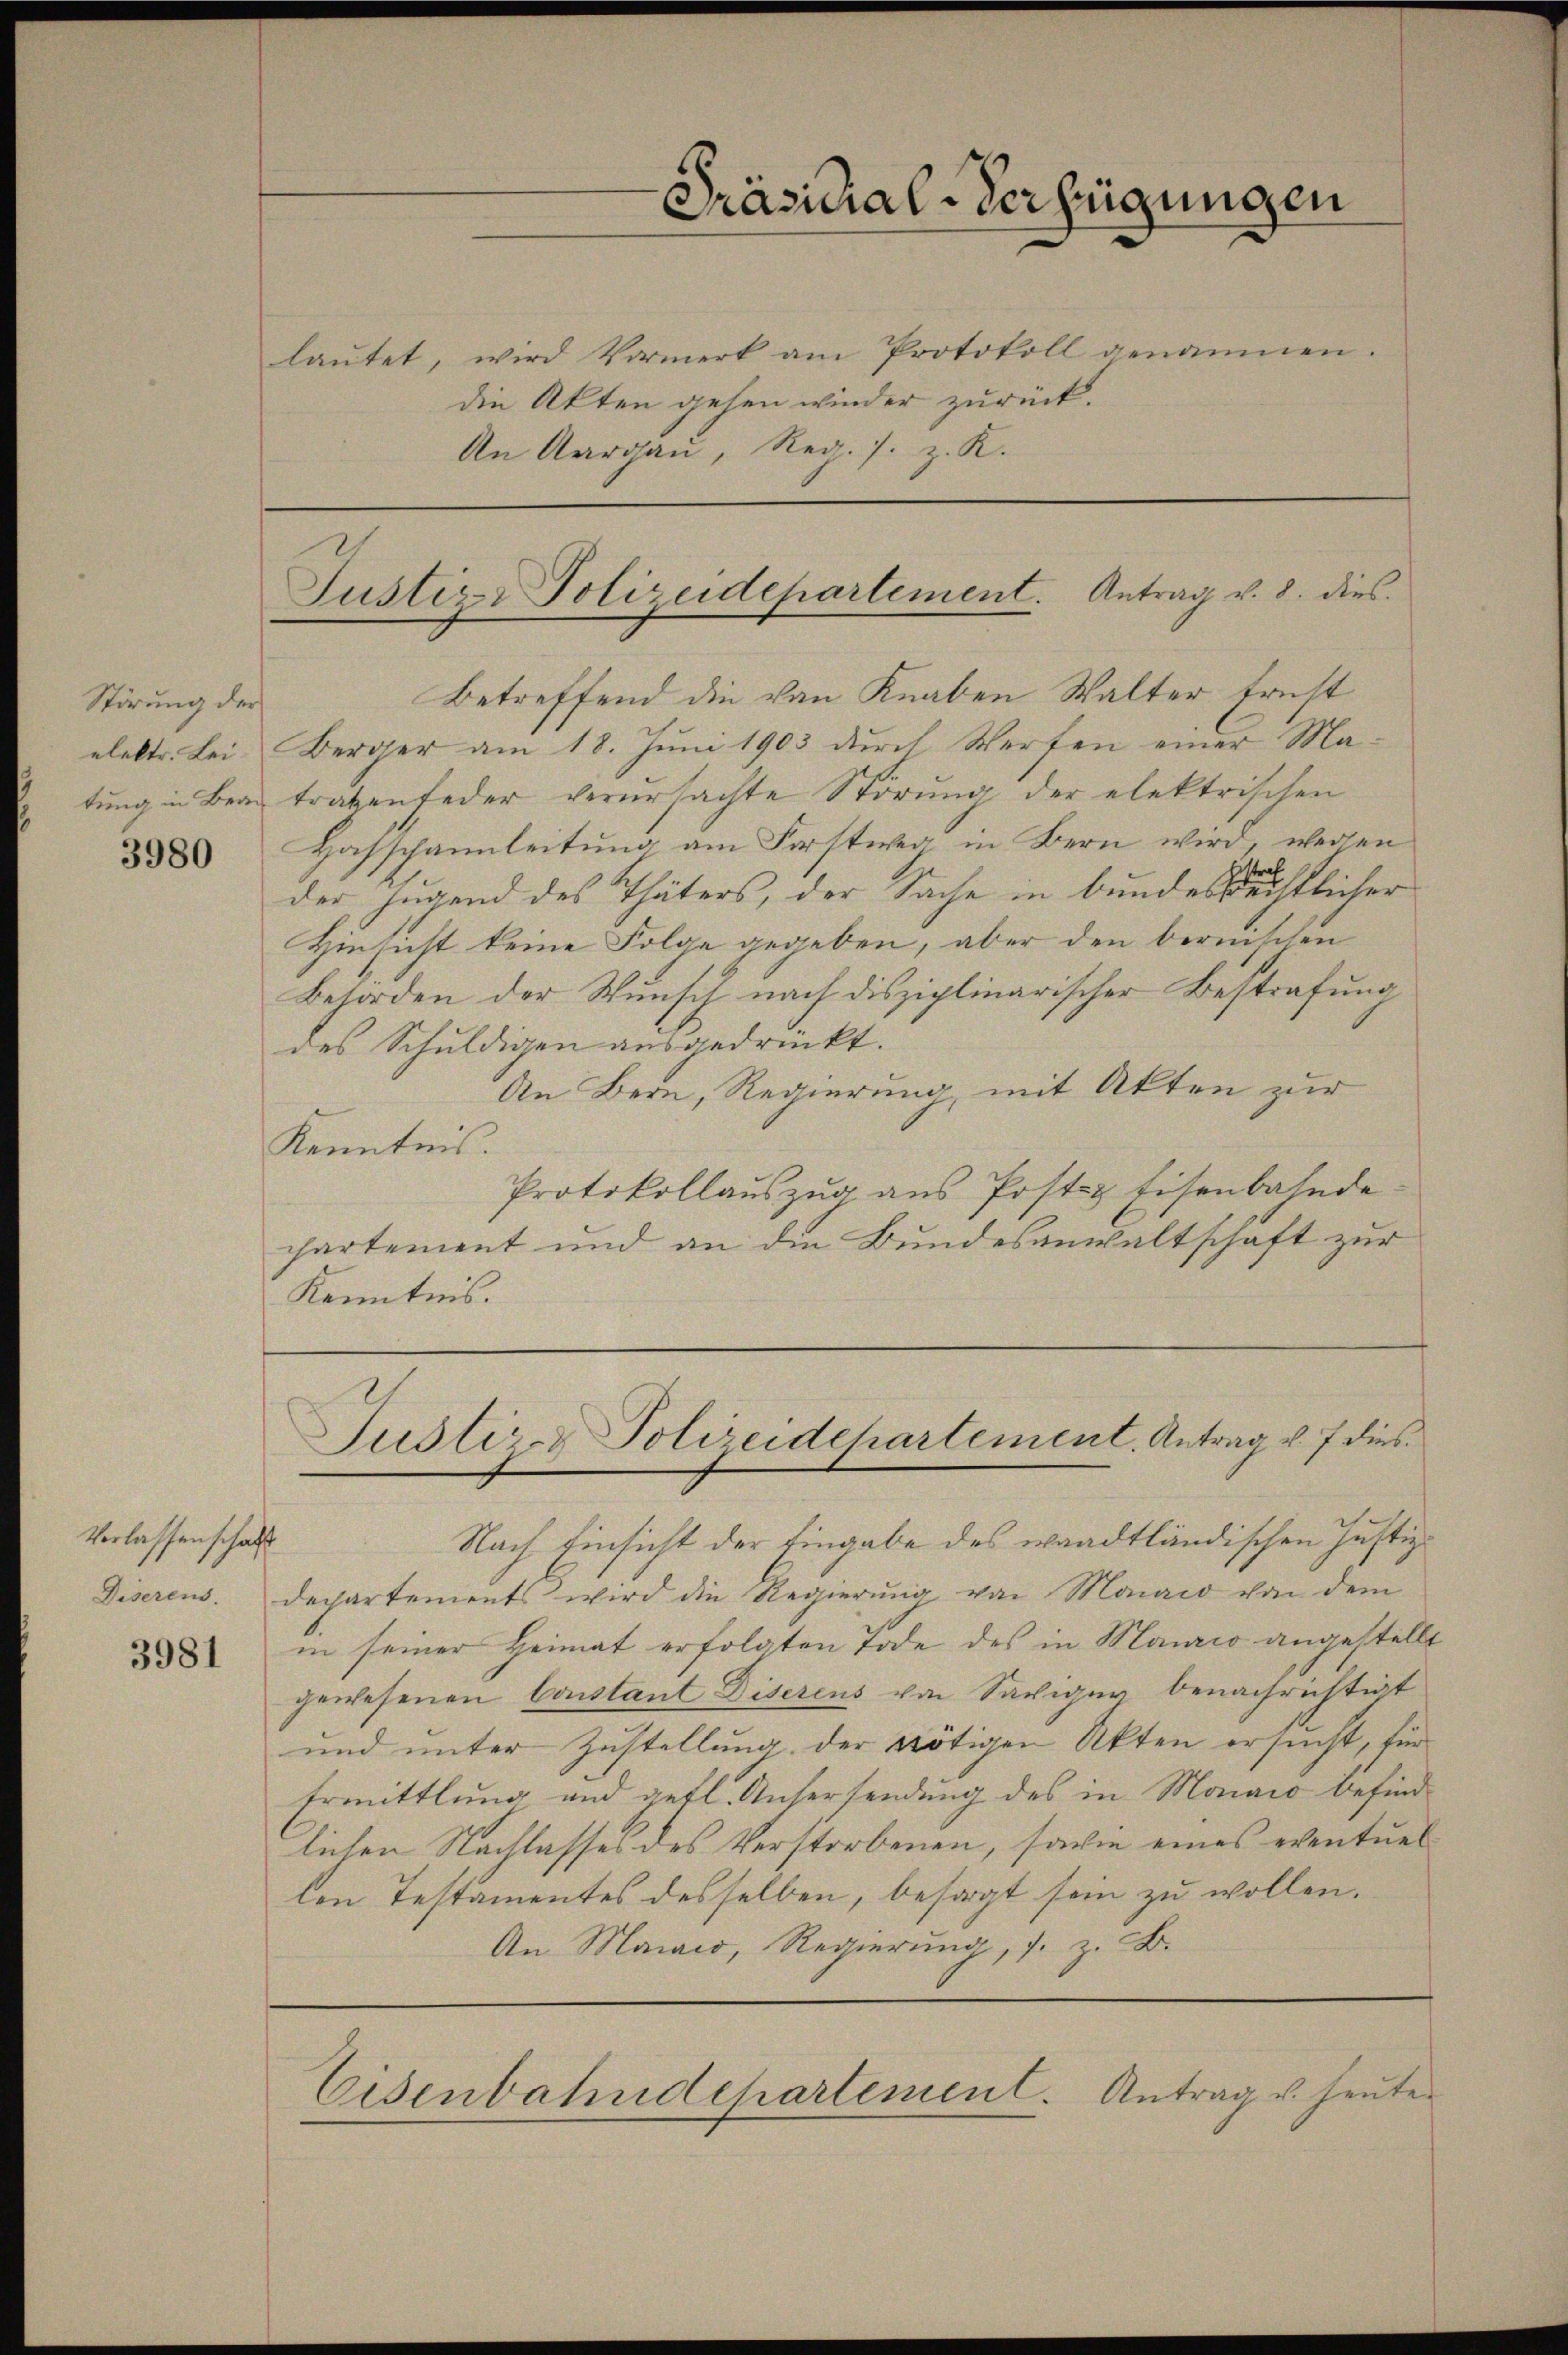
Störung der
elektr. Lei-
tung in Bern

3980

Verlassenschaft
Diserens.

3981

Präsidial-Verfügungen

lautet,
die Akten gehen wieder zurück.
An Aargau, Reg. s. z. K.

Betreffend die von Knaben Walter Ernst
Berger am 18. Juni 1903 durch Werfen einer Matraten feder verursachte Störung der elektrischen
Hafschannleitung am Forstweg in Bern wird, wegen
der, jugend des Thäters, der Sache in bundesrechtlicher
Hinsicht keine Folge gegeben, aber den bernischen
Behörden der Wunsch nach disziplinarischer Bestrafung
des Schuldigen ausgedruckt.
An Bern, Regierung, mit Akten zur
Kenntnis.
Protokollauszug aus Postz Eisenbahnde
chartement und an die Bundesanwaltschaft zur
Kenntnis.

wird Vormerk am Protokoll genommen

Justiz- Polizeidepartement. Antrag v. 8. dies

Justiz & Polizeidchartement. Antrag v. 7 dies

Nach Einsicht der Eingabe des waadtländischen Justizdepartements wird die Regierŭng von Manio von dem
in seiner Heimat erfolgten Tode des in Manrio angestellt
gewesenen Constant Diserens von Saviger benachrichtigt
und unter Zustellung, der nötigen Akten ersucht, für
Ermittlung und gefl. Unsersendung des in Monaro befindlichen Nachlasses des Verstorbenen, sowie eines eventuel
len Testamentes desselben, besorgt sein zu wollen.
An Manario, Regierung, s. z. B.

Eisenbahndepartement. Antrag u. heute